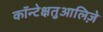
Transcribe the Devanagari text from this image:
कॉन्टेक्षतुआलिज़े